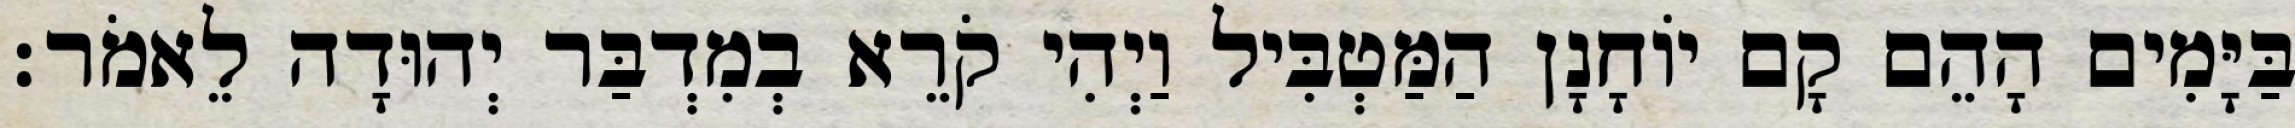
בַּיָּמִים הָהֵם קָם יוֹחָנָן הַמַּטְבִּיל וַיְהִי קֹרֵא בְמִדְבַּר יְהוּדָה לֵאמֹר׃